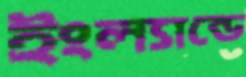
ইংল্যান্ডে